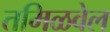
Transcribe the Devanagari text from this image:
तमिळवेल